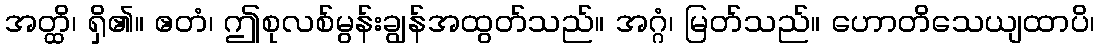
အတ္ထိ၊ ရှိ၏။ ဧတံ၊ ဤစုလစ်မွန်းချွန်အထွတ်သည်။ အဂ္ဂံ၊ မြတ်သည်။ ဟောတိသေယျထာပိ၊